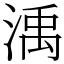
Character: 渪